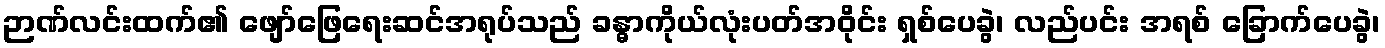
ဉာဏ်လင်းထက်၏ ဖျော်ဖြေရေးဆင်အရုပ်သည် ခန္ဓာကိုယ်လုံးပတ်အဝိုင်း ရှစ်ပေခွဲ၊ လည်ပင်း အရစ် ခြောက်ပေခွဲ၊